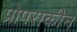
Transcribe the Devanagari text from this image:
प्रोपराकीन